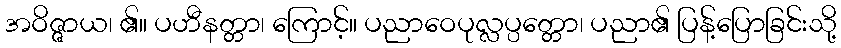
အဝိဇ္ဇာယ၊ ၏။ ပဟီနတ္တာ၊ ကြောင့်။ ပညာဝေပုလ္လပ္ပတ္တော၊ ပညာ၏ ပြန့်ပြောခြင်းသို့